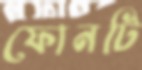
ফোনটি